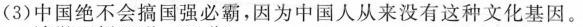
(3)中国绝不会搞国强必霸，因为中国人从来没有这种文化基因。